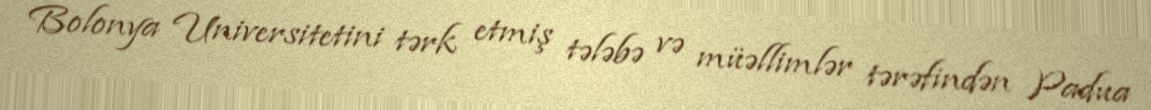
Bolonya Universitetini tərk etmiş tələbə və müəllimlər tərəfindən Padua